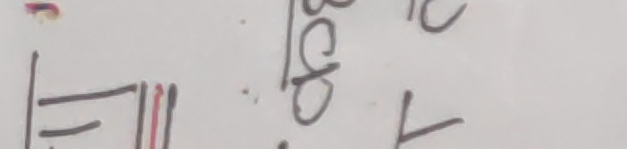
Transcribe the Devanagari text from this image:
होटल